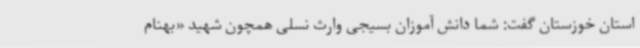
استان خوزستان گفت: شما دانش آموزان بسیجی وارث نسلی همچون شهید «بهنام